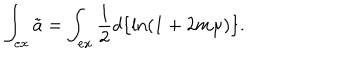
\int _ { e x } \tilde { a } = \int _ { e x } \frac { 1 } { 2 } d \{ \ln ( 1 + 2 m \mu ) \} .